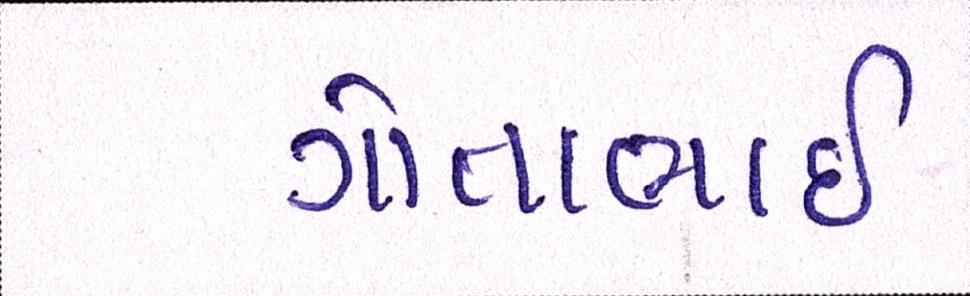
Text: ગોતાભાઈ